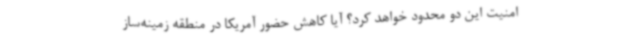
امنیت این دو محدود خواهد کرد؟ آیا کاهش حضور آمریکا در منطقه زمینه‌ساز